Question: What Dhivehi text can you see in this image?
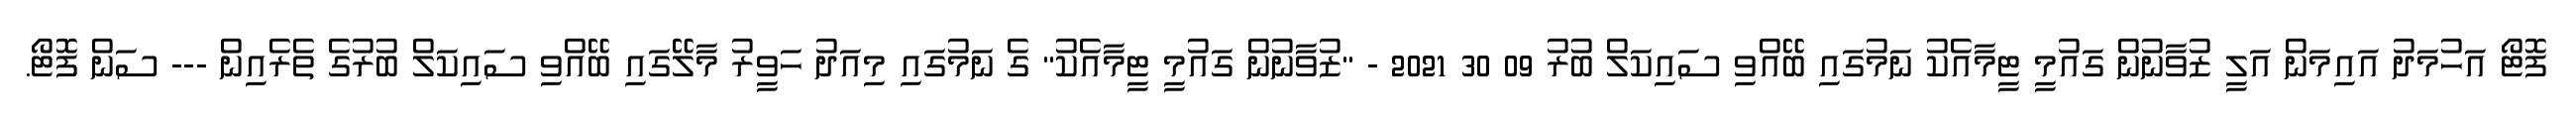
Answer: ފޮޓޯ އަހުމަދު އައިމަން އަލީ ޒުވާނުން ގައުމީ ޓީމާއެކު ނަމުގައި ބޭއްވި ސައިކަލް ބުރު 09 30 2021 - "ޒުވާނުން ގައުމީ ޓީމާއެކު" ގެ ނަމުގައި މިއަދު ހަވީރު މާލޭގައި ބޭއްވި ސައިކަލް ބުރުގެ ތެރެއިން --- ސަން ފޮޓޯ.